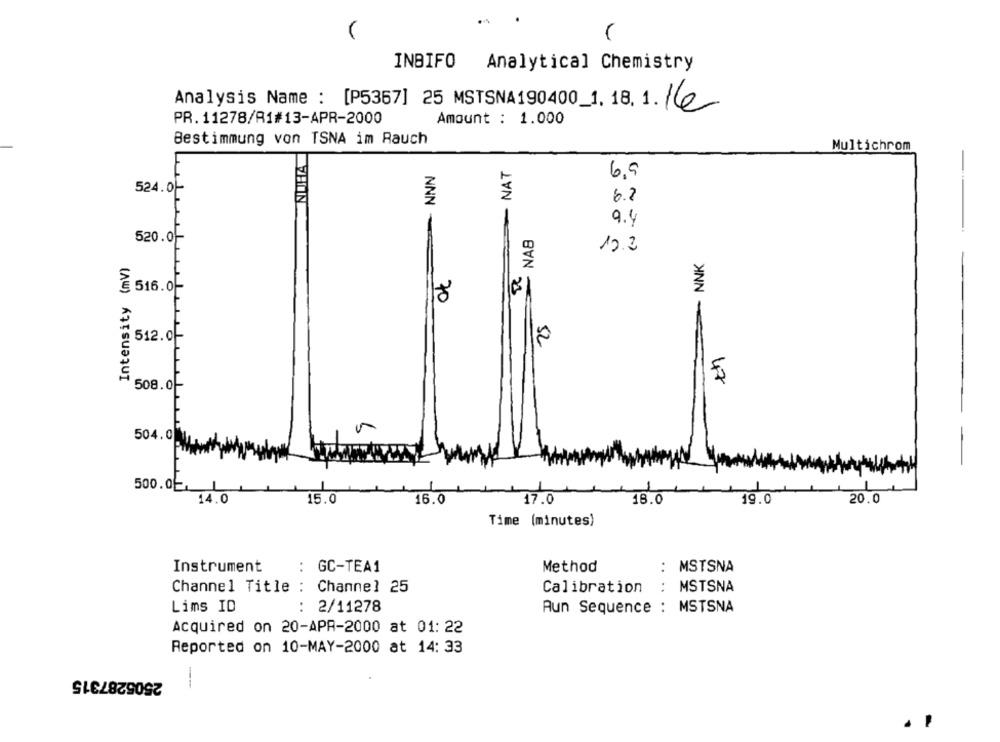
INBIFO Analytical Chemistry
Analysis Name : [P5367] 25 MSTSNA190400_1.18. 1. 16e
PR. 11278/R1#13-APR-2000
Amount : 1.000
Bestimmung von TSNA im Rauch
Multichrom
NAT
-
1
6.9
524.0-
6.2
NNN
9.4
NAB
520.0-
12.2
NNK
Intensity (mV)
516.0F
70
512.0-
15
47
508.0
504.0
500.0E
14.0
15.0
16.0
17.0
18.0
19.0
20.0
Time (minutes)
Instrument
: GC-TEA1
Method
: MSTSNA
Channel Title : Channel 25
Calibration
..
MSTSNA
Lims ID
: 2/11278
MSTSNA
Aun Sequence :
Acquired on 20-APR-2000 at 01: 22
Reported on 10-MAY-2000 at 14: 33
2505287315
---